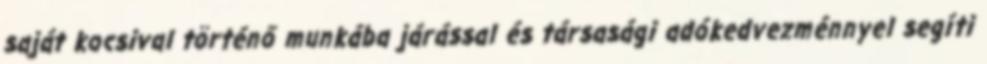
saját kocsival történő munkába járással és társasági adókedvezménnyel segíti